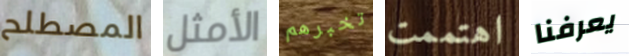
المصطلح الأمثل تخبرهم اهتممت يعرفنا